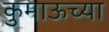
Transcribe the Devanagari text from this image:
कुमाऊच्या